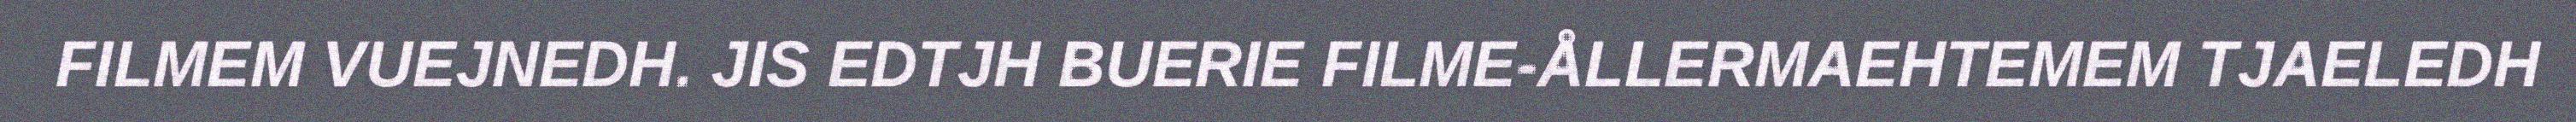
FILMEM VUEJNEDH. JIS EDTJH BUERIE FILME-ÅLLERMAEHTEMEM TJAELEDH